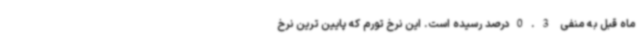
ماه قبل به منفی 0.3درصد رسیده است. این نرخ تورم که پایین ترین نرخ